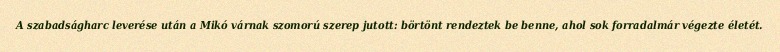
A szabadságharc leverése után a Mikó várnak szomorú szerep jutott: börtönt rendeztek be benne, ahol sok forradalmár végezte életét.